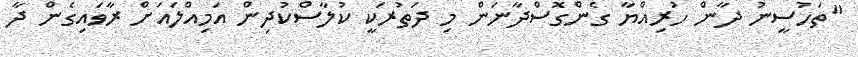
"ތަހުސީނު ދާން ހުރިއްޔާ ގެންގޮސްދާނަން މި ދަތުރަކީ ކުލާސްކުދިން އަމިއްލައަށް ރާވައިގެން ދާ